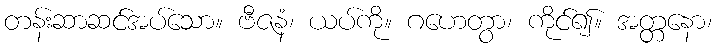
တန်းဆာဆင်အပ်သော။ ဗီဇနံ၊ ယပ်ကို။ ဂဟေတွာ၊ ကိုင်၍။ အတ္တနော၊